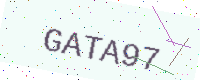
Text: GATA97